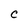
Character: C